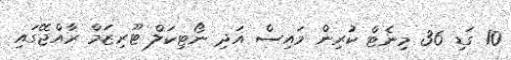
10 ގަޑި 36 މިނެޓް ކުރިން މައިސް އަދި ނޯޓިކަލް ޓޫރިޒަމް ރާއްޖޭގައި